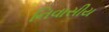
નિવાસીય